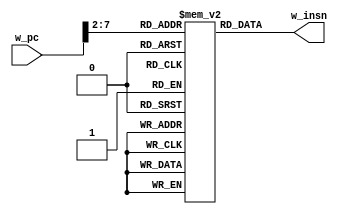
module m_am_imem(w_pc, w_insn);
  input  wire [31:0] w_pc;
  output wire [31:0] w_insn;
  reg [31:0] mem[0:63];
  assign w_insn = mem[w_pc[7:2]];
  integer i; initial for (i=0; i<64; i=i+1) mem[i] = 32'd0;
endmodule